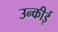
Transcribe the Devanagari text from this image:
उन्कीई